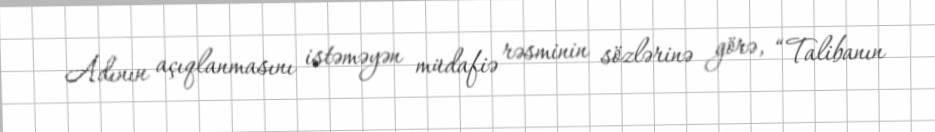
Adının açıqlanmasını istəməyən müdafiə rəsminin sözlərinə görə, “Talibanın